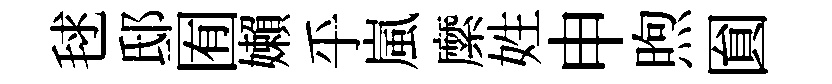
毬邸囿嬾乎嵐縻姓申煦圎